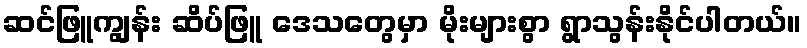
ဆင်ဖြူကျွန်း ဆိပ်ဖြူ ဒေသတွေမှာ မိုးများစွာ ရွာသွန်းနိုင်ပါတယ်။